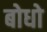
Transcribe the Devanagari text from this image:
बोधो